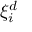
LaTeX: \xi _ { i } ^ { d }